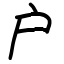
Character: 户